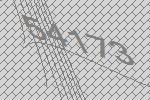
54173